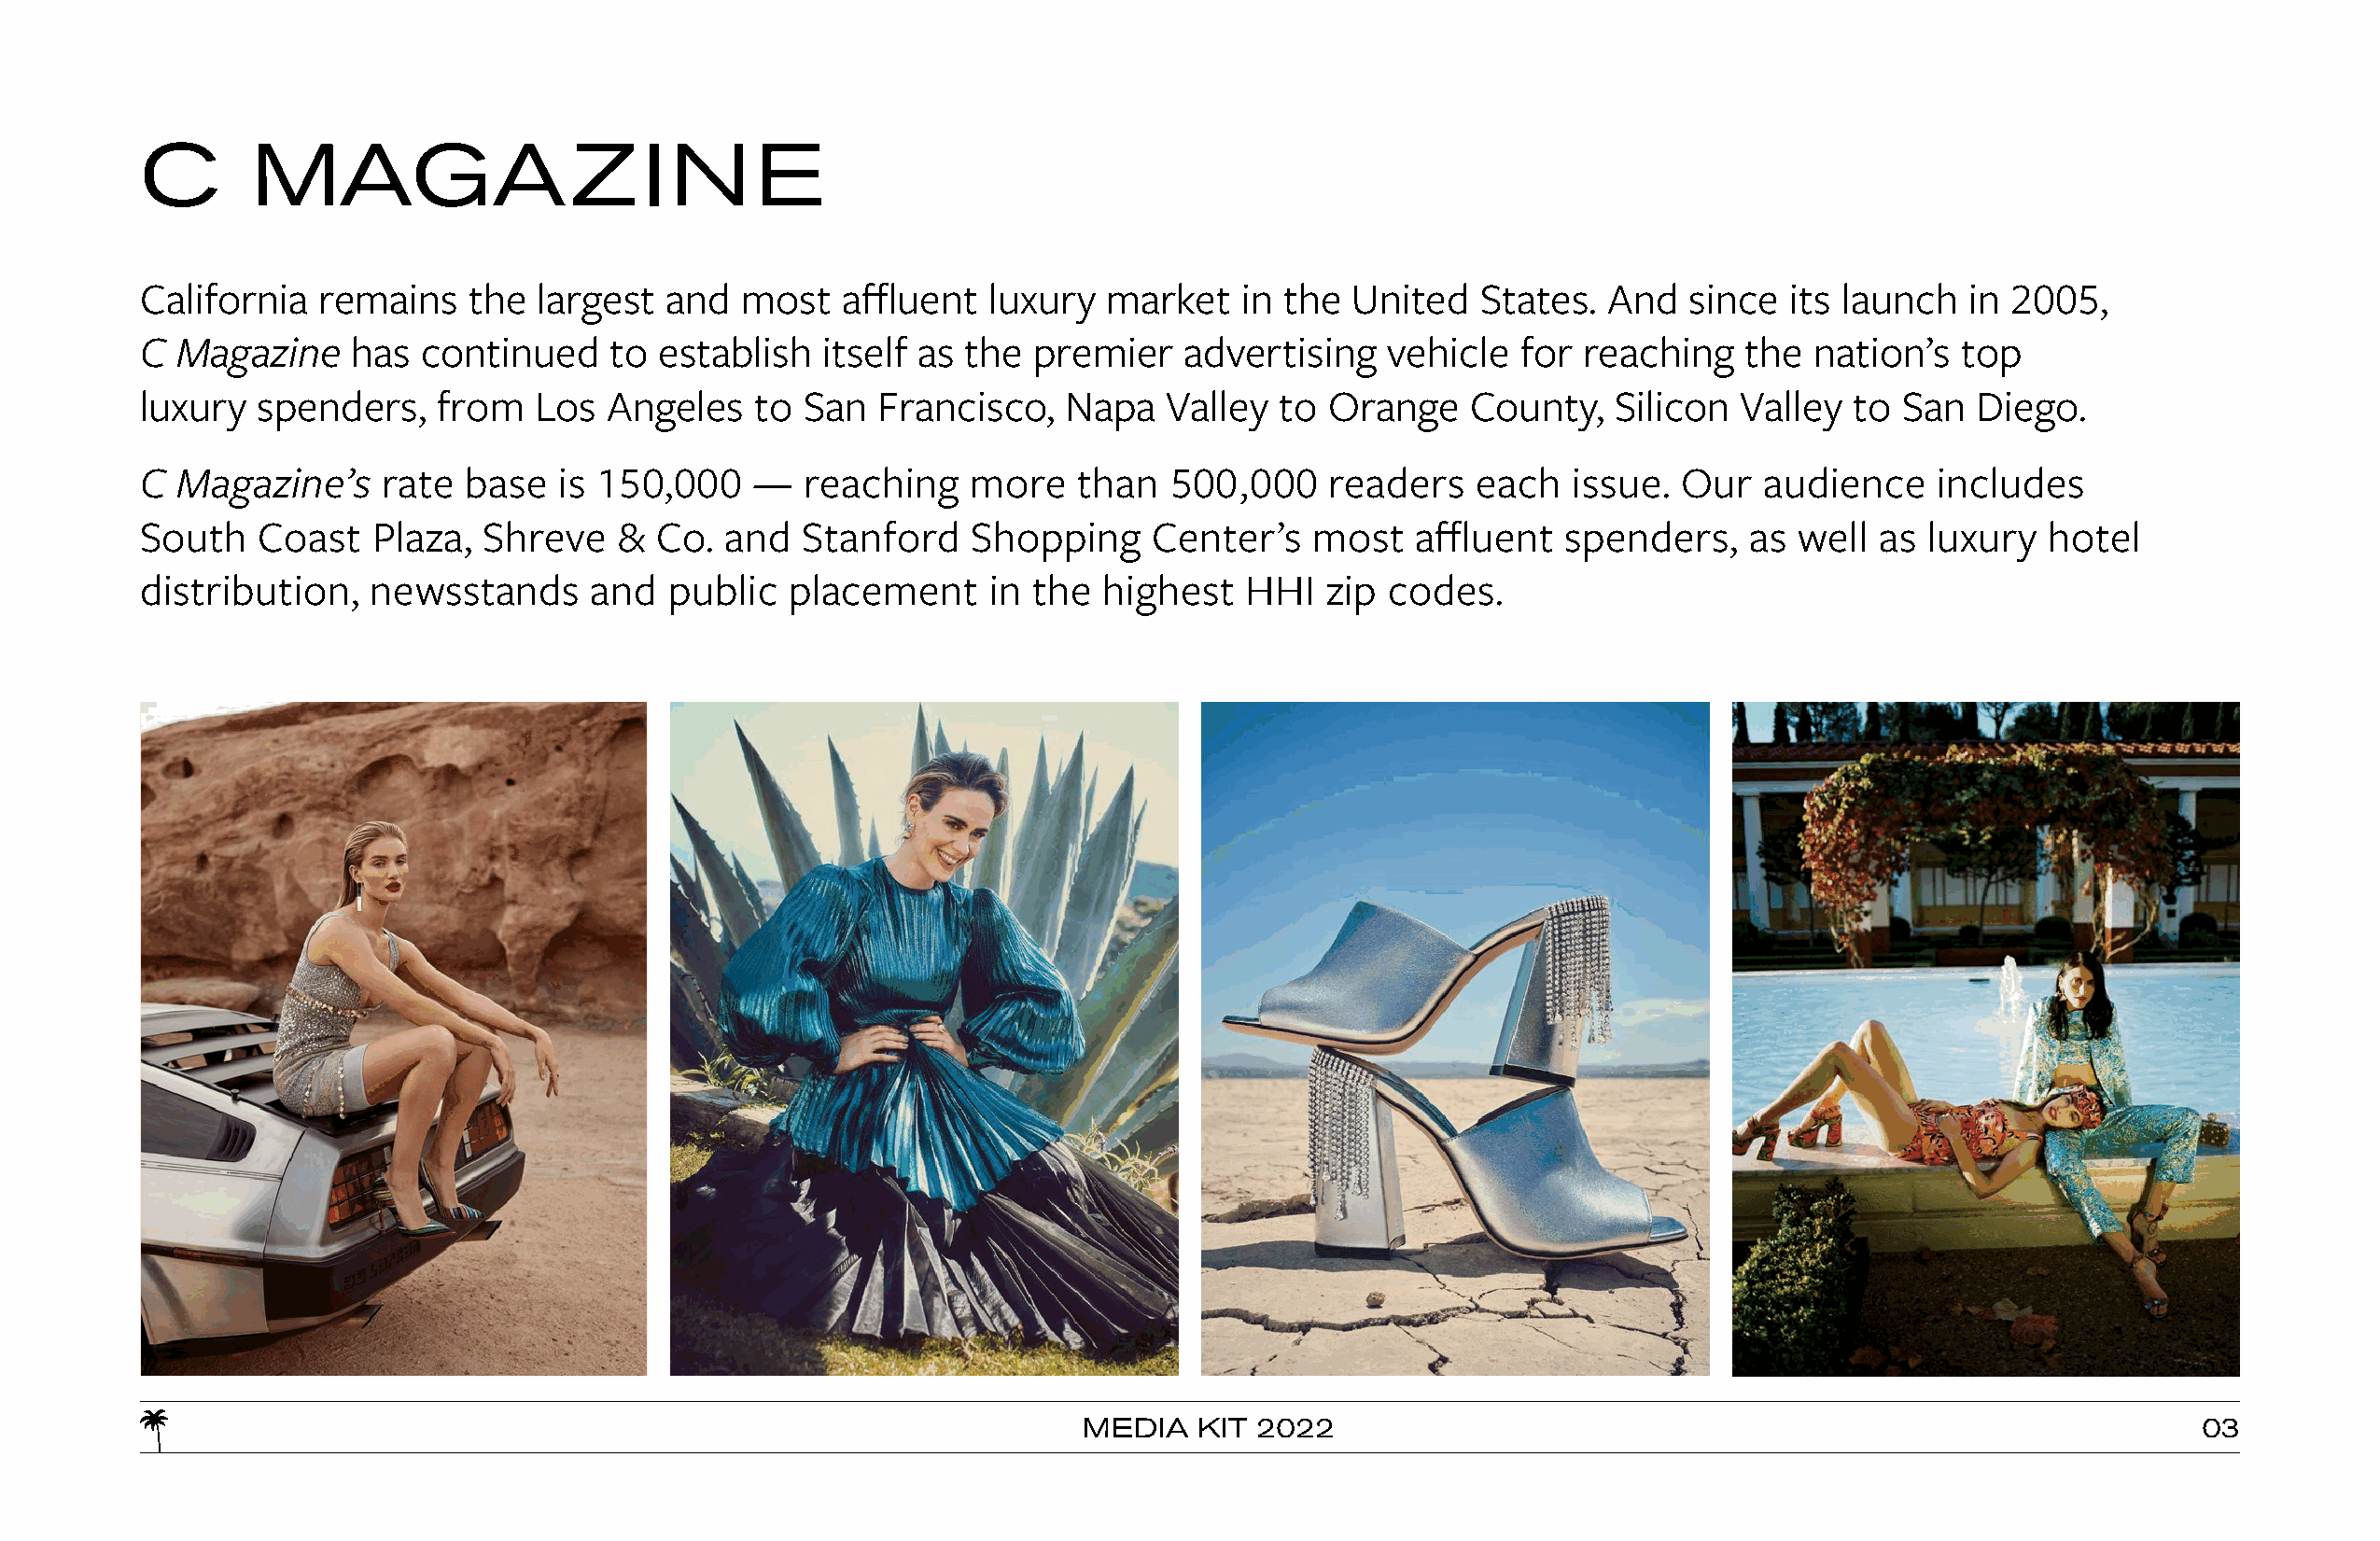
C       MAGAZINE
 California   remains   the  largest  and   most   affluent  luxury  market    in the  United   States.  And   since  its launch   in 2005,
 C  Magazine    has  continued    to  establish  itself as the  premier    advertising   vehicle   for reaching    the  nation’s  top
 luxury  spenders,    from   Los  Angeles    to San  Francisco,    Napa   Valley  to Orange    County,    Silicon Valley  to  San  Diego.
 C  Magazine’s    rate  base   is 150,000   —   reaching    more   than   500,000    readers    each  issue.  Our   audience    includes
 South   Coast   Plaza,  Shreve    &  Co. and   Stanford    Shopping     Center’s   most   affluent   spenders,    as  well as  luxury  hotel
 distribution,   newsstands      and  public   placement     in the  highest   HHI   zip codes.
 MEDIA   KIT 2022                                                               03